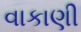
વાકાણી